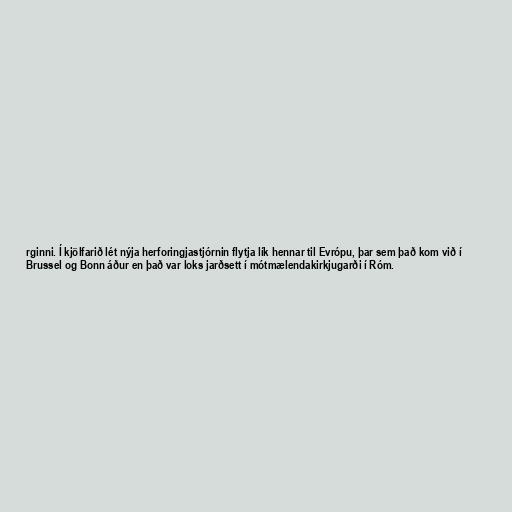
rginni. Í kjölfarið lét nýja herforingjastjórnin flytja lík hennar til Evrópu, þar sem það kom við í
Brussel og Bonn áður en það var loks jarðsett í mótmælendakirkjugarði í Róm.